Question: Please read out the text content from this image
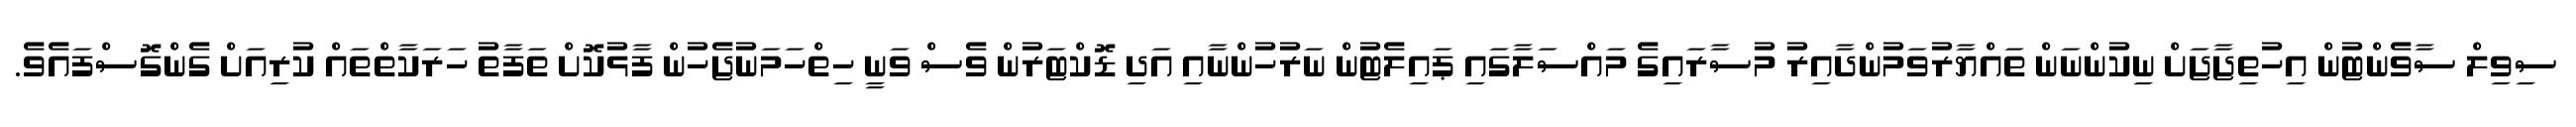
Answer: ސިވިލް ސާވެންޓުން އިހުތިޖާޖަށް ނިކުންނަން ތައްޔާރުވަމުންދާއިރު މުސާރައިގެ މައްސަލާގައި ޕައިލެޓުން ނަރުހުންނާއި އަދި ޑޮކްޓަރުން ވެސް ވަނީ ހިތްހަމަނުޖެހުން ފާޅުކޮށް ތަފާތު ހަރަކާތްތައް ކުރިއަށް ގެންގޮސްފައެވެ.